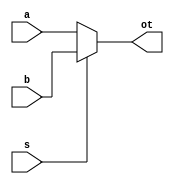
module mux1(
    input a,b,s,
    output ot
    );
    assign ot=s?b:a;
endmodule